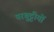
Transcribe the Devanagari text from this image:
परबुट्टीयों